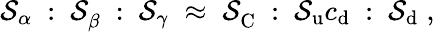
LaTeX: \mathcal{S}_{\alpha}~:~\mathcal{S}_{\beta}^{~}~:~\mathcal{S}_{\gamma}\; \approx\; \mathcal{S}_{\mathrm{{C}}}^{~}~:~\mathcal{S}_{\mathrm{{u}}}c_{\mathrm{{d}}}~:~\mathcal{S}_{\mathrm{{d}}}\; ,